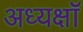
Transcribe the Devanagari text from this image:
अध्यक्षॉ